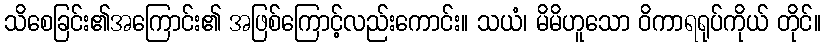
သိစေခြင်း၏အကြောင်း၏ အဖြစ်ကြောင့်လည်းကောင်း။ သယံ၊ မိမိဟူသော ဝိကာရရုပ်ကိုယ် တိုင်။